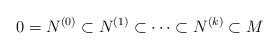
LaTeX: \begin{align*}0 = N^{(0)}\subset N^{(1)} \subset \cdots \subset N^{(k)} \subset M\end{align*}